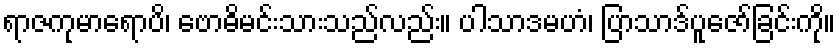
ရာဇကုမာရောပိ၊ ဗောဓိမင်းသားသည်လည်း။ ပါသာဒမဟံ၊ ပြာသာဒ်ပူဇော်ခြင်းကို။